Annual administration report of the Civil Veterinary Department of India - 1909-1910
Year: 1909
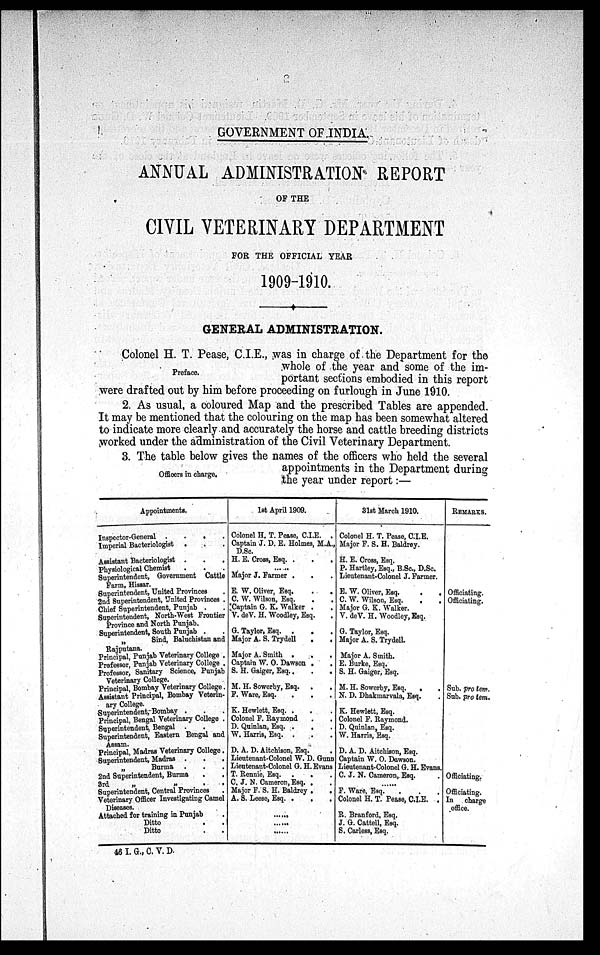
GOVERNMENT OF INDIA.
ANNUAL ADMINISTRATION REPORT
OF THE
CIVIL VETERINARY DEPARTMENT
FOR THE OFFICIAL YEAR
1909-1910.
GENERAL ADMINISTRATION.
Colonel H. T. Pease, C.I.E., was in charge of the Department for the
whole of the year and some of the im-
portant sections embodied in this report
were drafted out by him before proceeding on furlough in June 1910.
Preface.
2. As usual, a coloured Map and the prescribed Tables are appended.
It may be mentioned that the colouring on the map has been somewhat altered
to indicate more clearly and accurately the horse and cattle breeding districts
worked under the administration of the Civil Veterinary Department.
3. The table below gives the names of the officers who held the several
appointments in the Department during
the year under report:—
Officers in charge.
Appointments.
Inspector-General .
.
.
.
Imperial Bacteriologist . . .
Assistant Bacteriologist . . .
Physiological Chemist ...
Superintendent, Government Cattle
Farm, Hissar.
Superintendent, United Provinces .
2nd Superintendent, United Provinces .
Chief Superintendent, Punjab . .
Superintendent, North-West Frontier
Province and North Punjab.
Superintendent, South Punjab . . .
„ Sind, Baluchistan and
Rajputana.
Principal, Punjab Veterinary College .
Professor, Punjab Veterinary College .
Professor, Sanitary Science, Punjab
Veterinary College.
Principal, Bombay Veterinary College .
Assistant Principal, Bombay Veterin-
ary College.
Superintendent, Bombay . . .
Principal, Bengal Veterinary College .
Superintendent, Bengal . .
Superintendent, Eastern Bengal and
Assam.
Principal, Madras Veterinary College .
Superintendent, Madras . . .
„
Burma . . .
2nd Superintendent, Burma
3rd
„
„
.
.
Superintendent, Central Provinces
Veterinary Officer Investigating Camel
Diseases.
Attached for training in Punjab .
Ditto . .
Ditto . .
1st April 1909.
Colonel H. T. Pease, C.I.E. .
Captain J. D. E. Holmes, M.A.,
D.Sc.
H. E. Cross, Esq. .
.
.
......
Major J. Farmer . . .
E. W. Oliver, Esq. . .
C. W. Wilson, Esq. . .
Captain G. K. Walker . .
V. deV. H. Woodley, Esq. .
G. Taylor, Esq. .
. .
Major A. S. Trydell . .
Major A. Smith .
.
.
Captain W. O. Dawson . .
S. H. Gaiger, Esq..
.
.
M. H. Sowerby, Esq. . .
F. Ware, Esq. . . .
K. Hewlett, Esq. . . .
Colonel F. Raymond . .
D. Quinlan, Esq. . . .
W. Harris, Esq. . . .
D. A. D. Aitchison, Esq. .
Lieutenant-Colonel W. D. Gunn
Lieutenant-Colonel G. H. Evans
T. Rennie, Esq. .
.
C. J. N. Cameron, Esq. . .
Major F. S. H. Baldrey . .
A. S. Leese, Esq. .
.
.
......
......
......
31st March 1910.
Colonel H. T. Pease, C.I.E.
Major F. S. H. Baldrey.
H. E. Cross, Esq.
P. Hartley, Esq., B.Sc., D.Sc.
Lieutenant-Colonel J. Farmer.
E. W. Oliver, Esq.
C. W. Wilson, Esq. . .
Major G. K. Walker.
V. deV. H. Woodley, Esq.
G. Taylor, Esq.
Major A. S. Trydell.
Major A. Smith.
E. Burke, Esq.
S. H. Gaiger, Esq.
M. H. Sowerby, Esq. . .
N. D. Dhakmarvala, Esq. .
K. Hewlett, Esq.
Colonel F. Raymond.
D. Quinlan, Esq.
W. Harris, Esq.
D. A. D. Aitchison, Esq.
Captain W. 0. Dawson.
Lieutenant-Colonel G. H. Evans.
C. J. N. Cameron, Esq. .
......
F. Ware, Esq. .
Colonel H. T. Pease, C.I.E. .
R. Branford, Esq.
J. G. Cattell, Esq.
S. Carless, Esq.
REMARKS.
Officiating.
Officiating.
Sub. protem.
Sub. protem.
Officiating.
Officiating.
In
charge
office.
46 I. G., C. V. D.